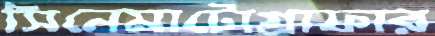
সিনেমাটোগ্রাফার